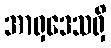
အာရှဒေသရှိ